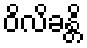
ဝိလိခန္တိ